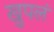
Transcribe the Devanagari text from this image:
खुपलं